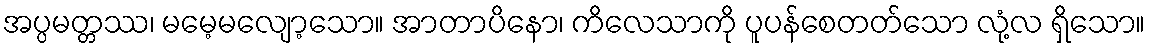
အပ္ပမတ္တဿ၊ မမေ့မလျော့သော။ အာတာပိနော၊ ကိလေသာကို ပူပန်စေတတ်သော လုံ့လ ရှိသော။